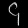
Digit: ၄